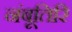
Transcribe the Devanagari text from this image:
नंबूतिरि